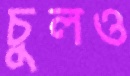
চুলও